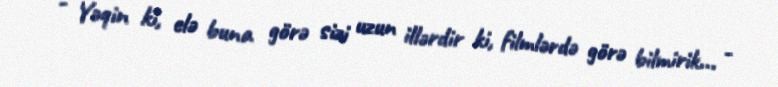
- Yəqin ki, elə buna görə sizi uzun illərdir ki, filmlərdə görə bilmirik... -